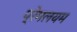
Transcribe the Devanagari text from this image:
प्रेमलयम